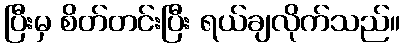
ပြီးမှ စိတ်တင်းပြီး ရယ်ချလိုက်သည်။